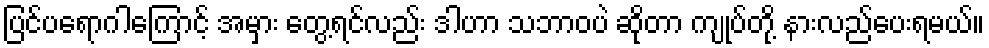
ပြင်ပရောဂါကြောင့် အမှား တွေ့ရင်လည်း ဒါဟာ သဘာဝပဲ ဆိုတာ ကျုပ်တို့ နားလည်ပေးရမယ်။